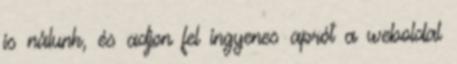
is nálunk, és adjon fel ingyenes aprót a weboldal